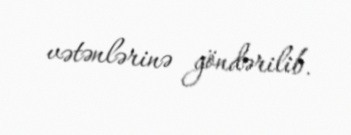
vətənlərinə göndərilib.